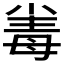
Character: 𣫶